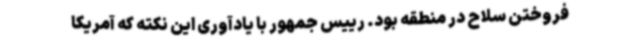
فروختن سلاح در منطقه بود. رییس جمهور با یادآوری این نکته که آمریکا